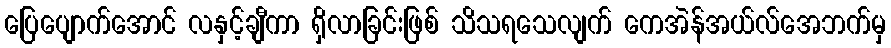
ပြေပျောက်အောင် လနှင့်ချီကာ ရှိလာခြင်းဖြစ် သိသရသေလျက် ကေအဲန်အယ်လ်အေဘက်မှ